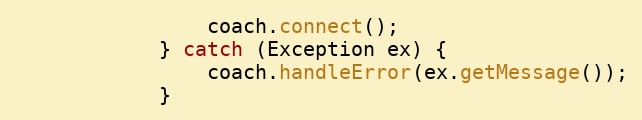
Language: Java
                coach.connect();
            } catch (Exception ex) {
                coach.handleError(ex.getMessage());
            }